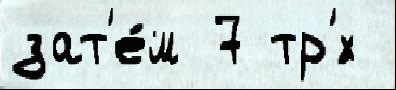
зат'е́м 7 тр'́х